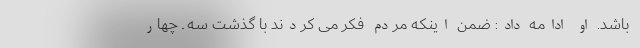
باشد. او ادامه داد: ضمن اینکه مردم فکر می کردند با گذشت سه ـ چهار